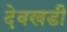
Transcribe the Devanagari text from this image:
देवखडी